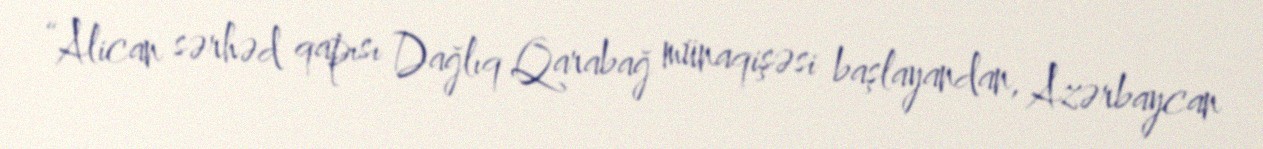
“Alican sərhəd qapısı Dağlıq Qarabağ münaqişəsi başlayandan, Azərbaycan